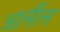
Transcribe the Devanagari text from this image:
आर्सीस